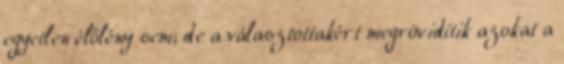
egyetlen élőlény sem; de a választottakért megrövidítik azokat a